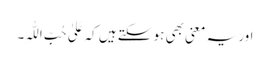
اور یہ معنی بھی ہو سکتے ہیں کہ عَلیٰ حُبِّ اللّٰہِ۔